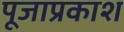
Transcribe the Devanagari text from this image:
पूजाप्रकाश